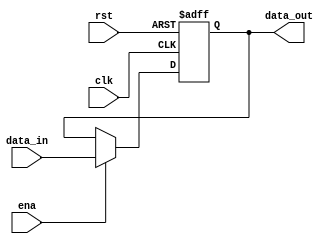
`timescale 1ns / 1ps
//////////////////////////////////////////////////////////////////////////////////
// Company: 
// Engineer: 
// 
// Design Name: 
// Module Name: pcreg
// Project Name: 
// Target Devices: 
// Tool Versions: 
// Description: 
// 
// Dependencies: 
// 
// Revision:
// Revision 0.01 - File Created
// Additional Comments:
// 
//////////////////////////////////////////////////////////////////////////////////

module pcreg(
    input clk,
    input rst,//high level set zero
    input ena,//high level getin
    input [31:0] data_in,
    output reg[31:0] data_out
    );    
    //initial data_out<=32'h00400000;
     always @ (posedge clk or posedge rst)begin
		 if(rst)begin           
		   data_out<=32'h00400000;
         end
		 else if(ena)begin             
		        data_out<=data_in;
         end
		 else
		    data_out<=data_out;
	 end


endmodule